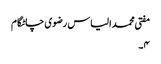
مفتی محمد الیاس رضوی چاٹگام
۴۔